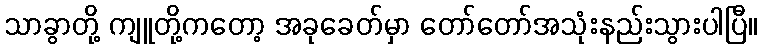
သာခွာတို့ ကျူတို့ကတော့ အခုခေတ်မှာ တော်တော်အသုံးနည်းသွားပါပြီ။